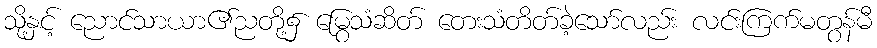
သို့နှင့် ညောင်သာယာ၏ညတို့၌ မြွေသံဆိတ် တေးသံတိတ်ခဲ့သော်လည်း လင်းကြက်မတွန်မီ